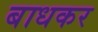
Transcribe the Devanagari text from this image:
बाधकर